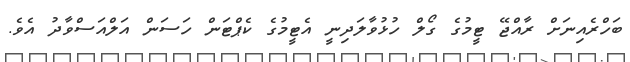
ބަހްރެއިނަށް ރާއްޖޭ ޓީމުގެ ގޯލް ހުޅުވާލަދިނީ އެޓީމުގެ ކެޕްޓަން ހަސަން އަލްއަސްވާދު އެވެ.